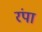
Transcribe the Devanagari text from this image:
रंपा